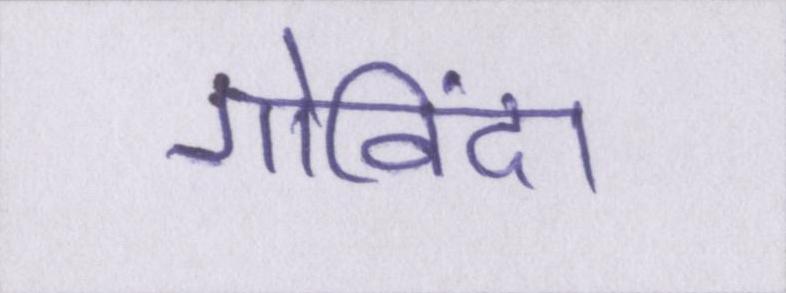
गोविंदा